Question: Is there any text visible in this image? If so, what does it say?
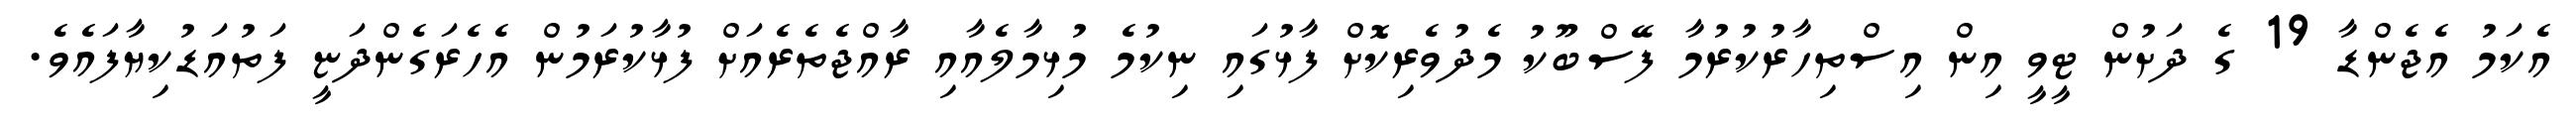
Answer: އެކަމު އެޖެންޑާ 19 ގެ ދަށުން ޓީވީ އިން އިސްތިހާރުކުރުމާ ފޭސްބޫކު މެދުވެރިކޮށް ފާޅުގައި ނިކުމެ މުޅިމާލެއާއި ރާއްޖެތެރެއަށް ފުޅާކުރަމުން އެހެރަގެންދަޏީ ފަތުއަޑުކިޔާފައެވެ.